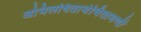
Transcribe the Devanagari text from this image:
अभिलषितार्थचिंतामणी